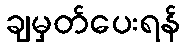
ချမှတ်ပေးရန်